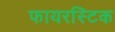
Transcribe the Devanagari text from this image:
फायरस्टिक